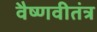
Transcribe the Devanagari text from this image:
वैष्णवीतंत्र